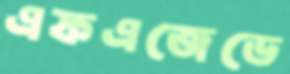
এফএজেডে